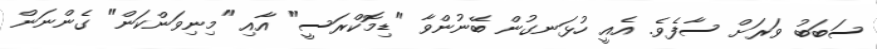
ސަބަބު ވަރަށް ސާފެވެ. އެއީ ހުޅަނގުން ބޭނުންވާ "ޑިމޮކްރަސީ" އާއި "މިނިވަންކަން" ގެންނަން